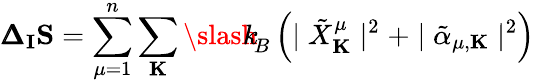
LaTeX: {\pmb\Delta}_{\mathbf I}{\mathbf S}=\sum_{\mu=1}^{n}\sum_{\mathbf K}{\slash\! \! \! k}_{\! {B}}\left(\mid{\tilde{X}}_{\mathbf K}^{\mu}\mid^{2}+\mid{\tilde{\alpha}}_{\mu,{\mathbf K}}\mid^{2}\right)